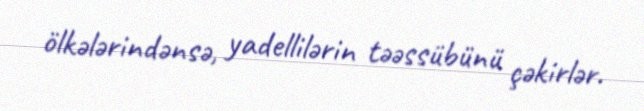
ölkələrindənsə, yadellilərin təəssübünü çəkirlər.